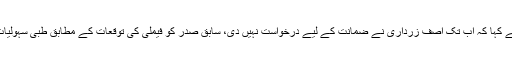
بلاول بھٹو زرداری نے کہا کہ اب تک آصف زرداری نے ضمانت کے لیے درخواست نہیں دی، سابق صدر کو فیملی کی توقعات کے مطابق طبی سہولیات نہیں دی جارہی ہیں۔